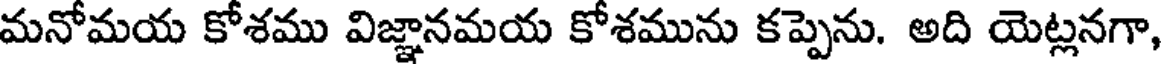
మనోమయ కోశము విజ్ఞానమయ కోశమును కప్పెను. అది యెట్లనగా,